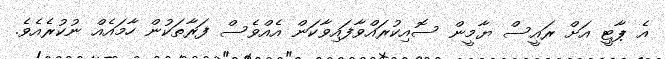
އެ ޕާޓީ އަށް ރައީސް ޔާމީން ސޮއިކުރައްވާފައިވާކަން އެއްވެސް ފަރާތަކުން ހާމައެއް ނުކުރެއެވެ.